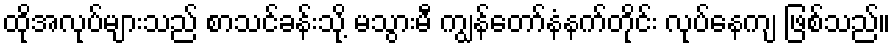
ထိုအလုပ်များသည် စာသင်ခန်းသို့ မသွားမီ ကျွန်တော်နံနက်တိုင်း လုပ်နေကျ ဖြစ်သည်။